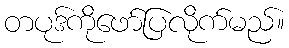
တပုဒ်ကိုဖော်ပြလိုက်မည်။